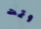
وتمت